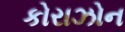
કોરાઝોન